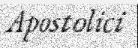
Apostolici